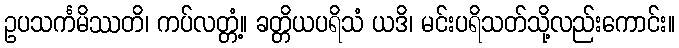
ဥပသင်္ကမိဿတိ၊ ကပ်လတ္တံ့။ ခတ္တိယပရိသံ ယဒိ၊ မင်းပရိသတ်သို့လည်းကောင်း။